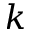
k